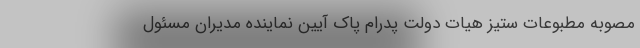
مصوبه مطبوعات ستیز هیات دولت پدرام پاک آیین نماینده مدیران مسئول